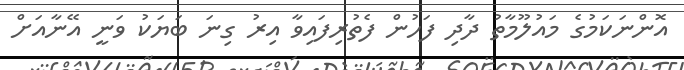
އޮންނަކަމުގެ މައުލޫމާތު ދާދި ފަހުން ފެތުރިފައިވާ އިރު ގިނަ ބަޔަކު ވަނީ އޭނާއަށް